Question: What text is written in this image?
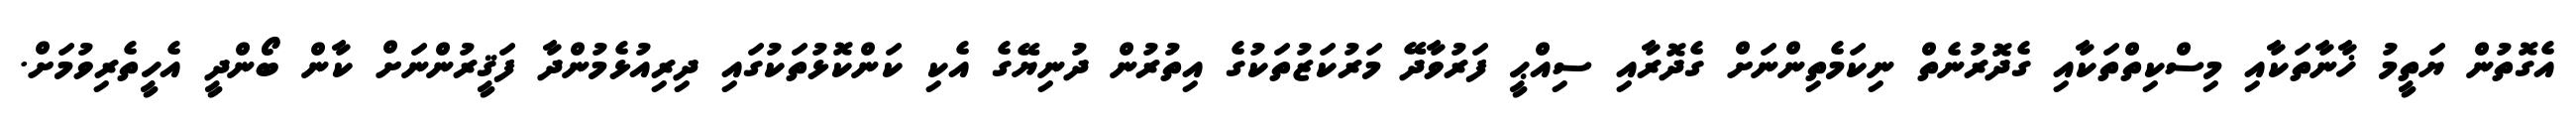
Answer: އެގޮތުން ޔަތީމު ޚާނާތަކާއި މިސްކިތްތަކާއި ގެދޮރުނެތް ނިކަމެތިންނަށް ގެދޮރާއި ސިއްޙީ ފަރުވާދޭ މަރުކަޒުތަކުގެ އިތުރުން ދުނިޔޭގެ އެކި ކަންކޮޅުތަކުގައި ދިރިއުޅެމުންދާ ފަޤީރުންނަށް ކާން ބޯންދީ އެހީތެރިވުމަށް.